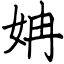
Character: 姌